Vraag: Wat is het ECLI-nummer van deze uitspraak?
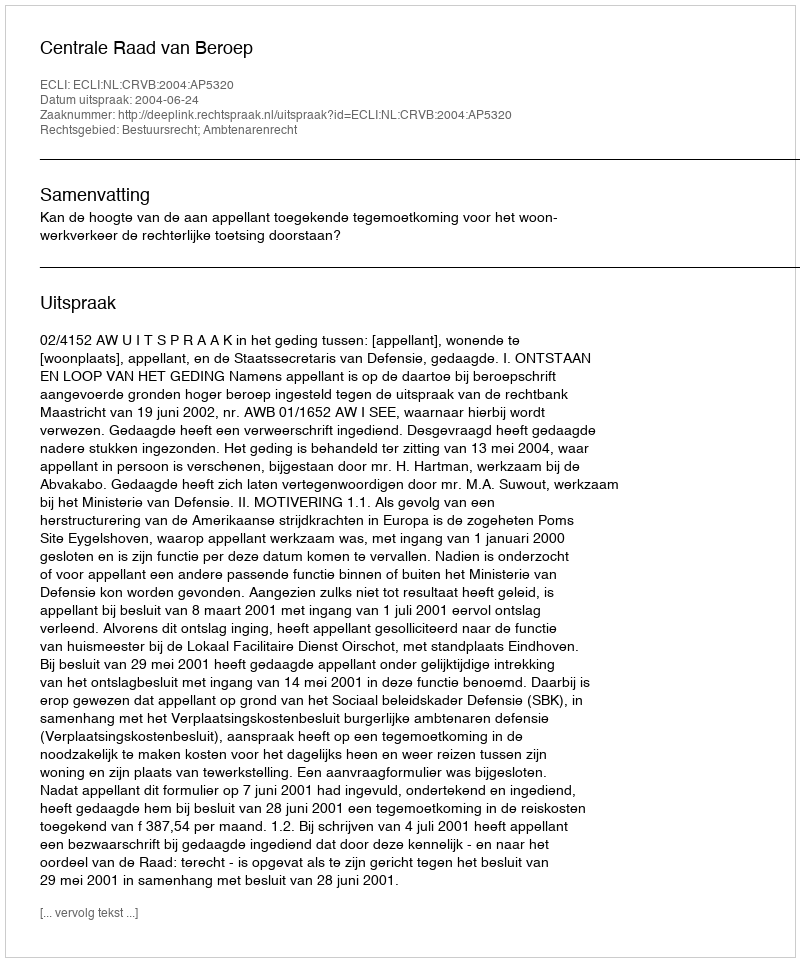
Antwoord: ECLI:NL:CRVB:2004:AP5320